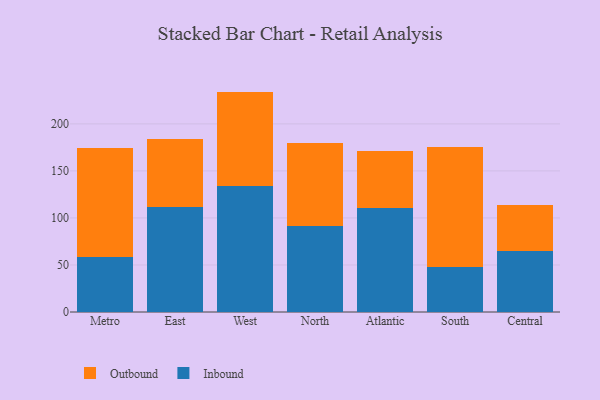
{"axis": {"x": "Region", "y": "Operating Costs (USD K)"}, "legend": ["Inbound", "Outbound"], "data": [{"x": "Metro", "y": 58.2, "type": "Inbound"}, {"x": "Metro", "y": 116.4, "type": "Outbound"}, {"x": "East", "y": 111.4, "type": "Inbound"}, {"x": "East", "y": 72.8, "type": "Outbound"}, {"x": "West", "y": 133.6, "type": "Inbound"}, {"x": "West", "y": 100.7, "type": "Outbound"}, {"x": "North", "y": 91.4, "type": "Inbound"}, {"x": "North", "y": 88.4, "type": "Outbound"}, {"x": "Atlantic", "y": 110.8, "type": "Inbound"}, {"x": "Atlantic", "y": 60.1, "type": "Outbound"}, {"x": "South", "y": 48.0, "type": "Inbound"}, {"x": "South", "y": 127.0, "type": "Outbound"}, {"x": "Central", "y": 64.8, "type": "Inbound"}, {"x": "Central", "y": 48.6, "type": "Outbound"}]}